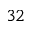
3 2